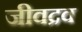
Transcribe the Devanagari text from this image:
जीवद्रव